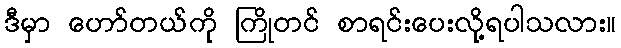
ဒီမှာ ဟော်တယ်ကို ကြိုတင် စာရင်းပေးလို့ရပါသလား။